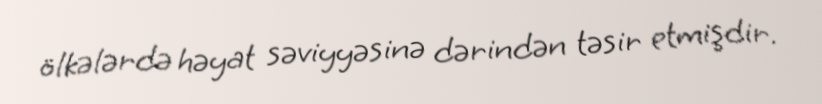
ölkələrdə həyat səviyyəsinə dərindən təsir etmişdir.